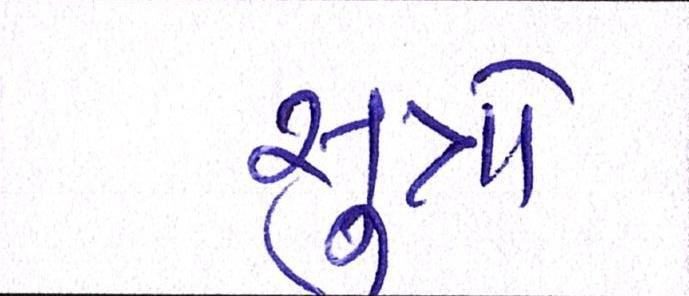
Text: સુત્રો